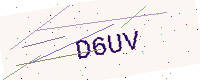
Text: D6UV